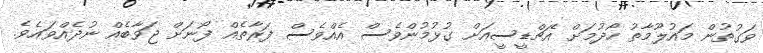
ވަގުތުން މައުލޫމާތު ހޯދުމަށް އެޗްޑީސީއަށް ގުޅުމުންވެސް އެއްވެސް ފަރާތެއް ފޯނަށް ޖަވާބެއް ނުދެއްވައެވެ.